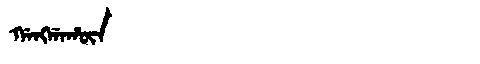
Manchu: ᡤᠠᠩᡤᠠᡥᡡᠨ
Romanization: GANGGAHŪN